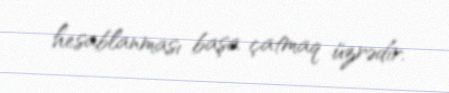
hesablanması başa çatmaq üzrədir.